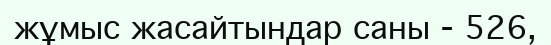
жұмыс жасайтындар саны - 526,